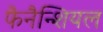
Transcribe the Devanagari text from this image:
फैनैन्शियल